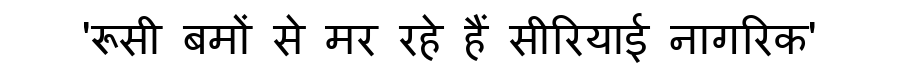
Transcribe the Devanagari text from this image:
'रूसी बमों से मर रहे हैं सीरियाई नागरिक'